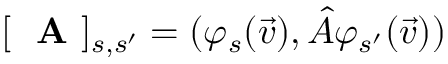
[ \mathrm { ~ \bf ~ A ~ } ] _ { s , s ^ { \prime } } = ( \varphi _ { s } ( \vec { v } ) , \hat { A } \varphi _ { s ^ { \prime } } ( \vec { v } ) )